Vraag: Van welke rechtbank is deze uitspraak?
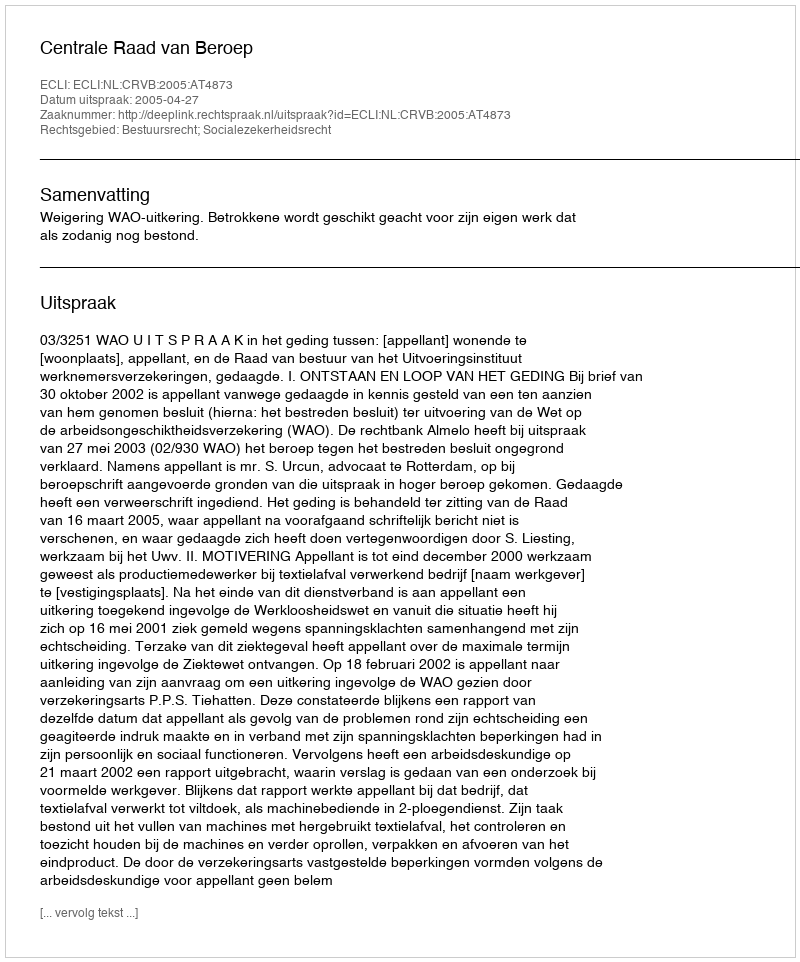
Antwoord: Centrale Raad van Beroep